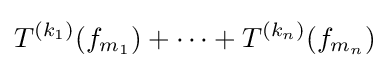
T^{(k_{1})}(f_{m_{1}})+\cdots +T^{(k_{n})}(f_{m_{n}})